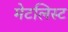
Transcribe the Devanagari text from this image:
मेटलिस्ट